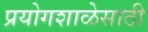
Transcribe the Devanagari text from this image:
प्रयोगशाळेसाठी